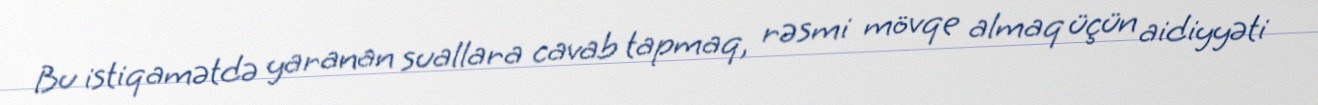
Bu istiqamətdə yaranan suallara cavab tapmaq, rəsmi mövqe almaq üçün aidiyyəti